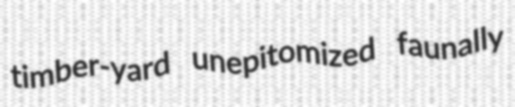
timber-yard unepitomized faunally